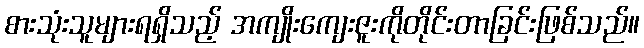
စားသုံးသူများရရှိသည့် အကျိုးကျေးဇူးကိုတိုင်းတာခြင်းဖြစ်သည်။